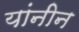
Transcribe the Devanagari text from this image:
यांनीन